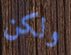
ولكن